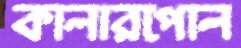
কালারপোল